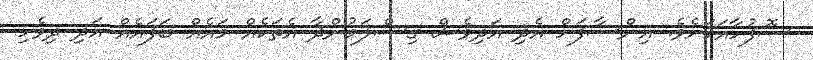
ސޮފުހާއަކަށެވެ. އިންސާފަށް އެދި އަދިވެސް ގިސްލަމުންދާ އެތަކެއް މައެއް ބަފައެއް އަދި ދިވެހި